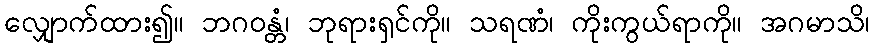
လျှောက်ထား၍။ ဘဂဝန္တံ၊ ဘုရားရှင်ကို။ သရဏံ၊ ကိုးကွယ်ရာကို။ အဂမာသိ၊